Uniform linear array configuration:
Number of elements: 48
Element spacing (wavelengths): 0.25
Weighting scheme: cosine
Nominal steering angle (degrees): -45
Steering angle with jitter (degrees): -43.311
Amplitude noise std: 0.05
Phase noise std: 0.05

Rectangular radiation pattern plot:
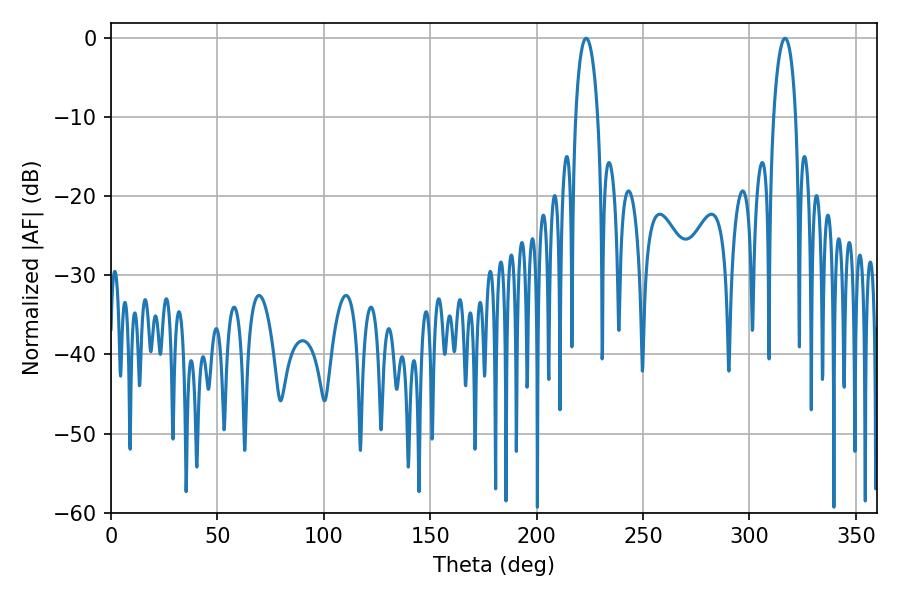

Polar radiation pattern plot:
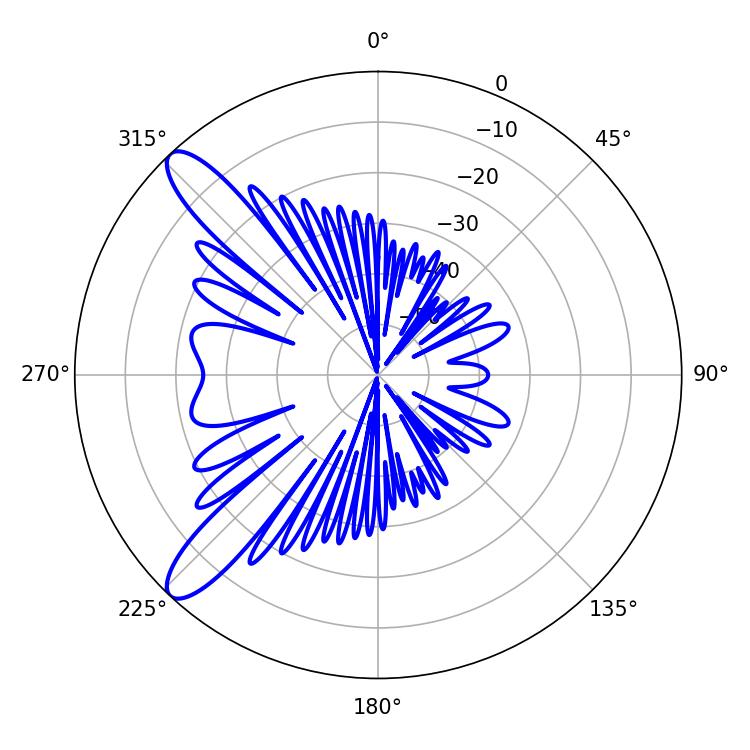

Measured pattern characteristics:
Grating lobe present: FALSE
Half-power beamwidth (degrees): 5.94
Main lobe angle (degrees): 223.2